Annual administration report of the Civil Veterinary Department of India - 1897-1898
Year: 1897
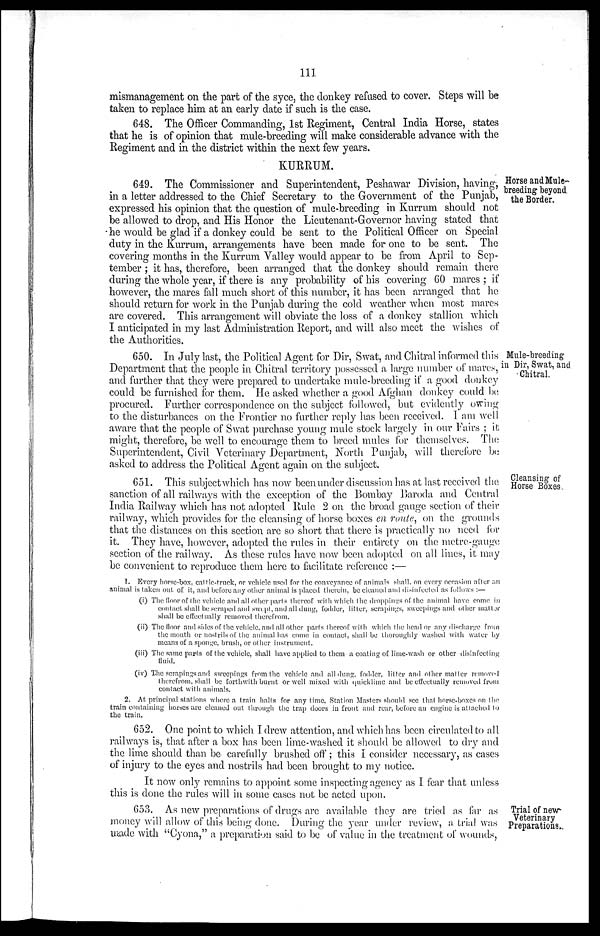
111
mismanagement on the part of the syce, the donkey refused to cover. Steps will be
taken to replace him at an early date if such is the case.
648. The Officer Commanding, 1st Regiment, Central India Horse, states
that he is of opinion that mule-breeding will make considerable advance with the
Regiment and in the district within the next few years.
KURRUM.
Horse and Mule-
breeding beyond
the Border.
649. The Commissioner and Superintendent, Peshawar Division, having,
in a letter addressed to the Chief Secretary to the Government of the Punjab,
expressed his opinion that the question of mule-breeding in Kurrum should not
be allowed to drop, and His Honor the Lieutenant-Governor having stated that
he would be glad if a donkey could be sent to the Political Officer on Special
duty in the Kurrum, arrangements have been made for one to be sent. The
covering months in the Kurrum Valley would appear to be from April to Sep-
tember; it has, therefore, been arranged that the donkey should remain there
during the whole year, if there is any probability of his covering 60 mares; if
however, the mares fall much short of this number, it has been arranged that he
should return for work in the Punjab during the cold weather when most mares
are covered. This arrangement will obviate the loss of a donkey stallion which
I anticipated in my last Administration Report, and will also meet the wishes of
the Authorities.
Mule-breeding
in Dir, Swat, and
Chitral.
650. In July last, the Political Agent for Dir, Swat, and Chitral informed this
Department that the people in Chitral territory possessed a large number of mares,
and further that they were prepared to undertake mule-breeding if a good donkey
could be furnished for them. He asked whether a good Afghan donkey could be
procured. Further correspondence on the subject followed, but evidently owing
to the disturbances on the Frontier no further reply has been received. I am well
aware that the people of Swat purchase young mule stock largely in our Fairs; it
might, therefore, be well to encourage them to breed mules for themselves. The
Superintendent, Civil Veterinary Department, North Punjab, will therefore be
asked to address the Political Agent again on the subject.
Cleansing of
Horse Boxes.
651. This subject which has now been under discussion has at last received the
sanction of all railways with the exception of the Bombay Baroda and Central
India Railway which has not adopted Rule 2 on the broad gauge section of their
railway, which provides for the cleansing of horse boxes en route, on the grounds
that the distances on this section are so short that there is practically no need for
it. They have, however, adopted the rules in their entirety on the metre-gauge
section of the railway. As these rules have now been adopted on all lines, it may
be convenient to reproduce them here to facilitate reference :—
1. Every horse-box. cattle-truck, or vehicle used for the conveyance of animals shall, on every occasion after an
animal is taken out of it, and before any other animal is placed therein, be cleaned and disinfected as follows :—
(i) The floor of the vehicle and all other parts thereof with which the droppings of the animal have come in
contact shall be scraped and swept, and all dung, fodder, litter, scrapings, sweepings and other matter
shall be effectually removed therefrom.
(ii) The floor and sides of the vehicle, and all other parts thereof with which the head or any discharge from
the month or nostrils of the animal has come in contact, shall be thoroughly washed with water by
means of a sponge, brush, or other instrument.
(iii) The same parts of the vehicle, shall have applied to them a coating of lime-wash or other disinfecting
fluid.
(iv) The scrapings and sweepings from the vehicle and all dung, fodder, litter and other matter removed
therefrom, shall be forthwith burnt or well mixed with quicklime and be effectually removed from
contact with animals.
2. At principal stations where a train halts for any time, Station Masters should see that horse-boxes on the
train containing horses are cleaned out through the trap doors in front and rear, before au engine is attached to
the train.
652. One point to which I drew attention, and which has been circulated to all
railways is, that after a box has been lime-washed it should be allowed to dry and
the lime should than be carefully brushed off; this I consider necessary, as cases
of injury to the eyes and nostrils had been brought to my notice.
It now only remains to appoint some inspecting agency as I fear that unless
this is done the rules will in some cases not be acted upon.
Trial of new
Veterinary
Preparations.
653. As new preparations of drugs are available they are tried as far as
money will allow of this being done. During the year under review, a trial was
made with "Cyona," a preparation said to be of value in the treatment of wounds,